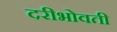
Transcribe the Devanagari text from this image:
दरीभोवती